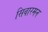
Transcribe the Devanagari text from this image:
सिवारमन